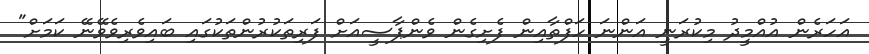
އަހަރެން އުއްމީދު މިކުރަނީ އަންނަ ހަފްތާއިން ފެށިގެން ވެންޕާސީއަށް ފަރިތަކުރުންތަކުގައި ބައިވެރިވެވޭނޭ ކަމަށް"